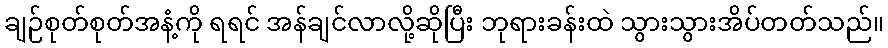
ချဉ်စုတ်စုတ်အနံ့ကို ရရင် အန်ချင်လာလို့ဆိုပြီး ဘုရားခန်းထဲ သွားသွားအိပ်တတ်သည်။